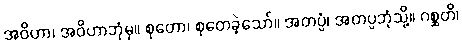
အဝိဟာ၊ အဝိဟာဘုံမှ။ စုတော၊ စုတေခဲ့သော်။ အတပ္ပံ၊ အတပ္ပဘုံသို့။ ဂစ္ဆတိ၊